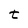
Character: t